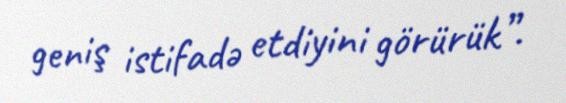
geniş istifadə etdiyini görürük”.